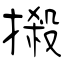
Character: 摋